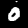
Digit: 0